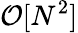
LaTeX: \mathcal{O}[N^{2}]